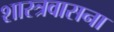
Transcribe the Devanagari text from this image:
शास्त्रवासना